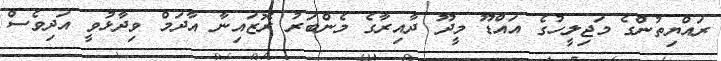
ރައްޔިތުންގެ މަޖިލީހުގެ އައްޑޫ މީދޫ ދާއިރާގެ މެންބަރު ރޮޒައިނާ އާދަމް ވިދާޅުވީ އަދިވެސް